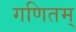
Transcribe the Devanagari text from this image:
गणितम्